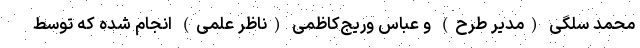
محمد سلگی (مدیر طرح) و عباس وریج‌کاظمی (ناظر علمی) انجام شده که توسط